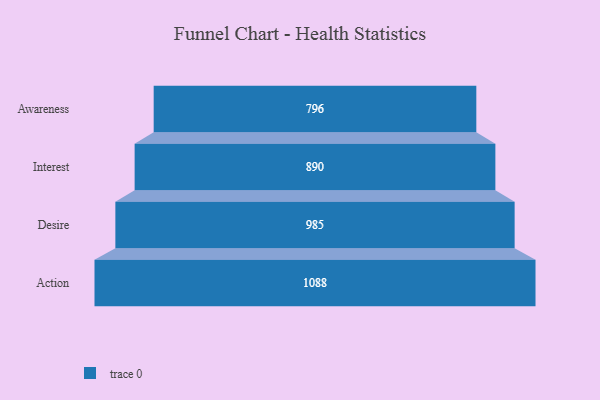
{"axis": {"x": "Stage", "y": "Value"}, "legend": [""], "data": [{"x": "Awareness", "y": 796.0, "type": ""}, {"x": "Interest", "y": 890.0, "type": ""}, {"x": "Desire", "y": 985.0, "type": ""}, {"x": "Action", "y": 1088.0, "type": ""}]}